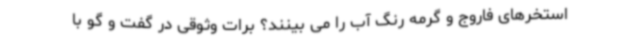
استخرهای فاروج و گرمه رنگ آب را می بینند؟ برات وثوقی در گفت و گو با